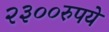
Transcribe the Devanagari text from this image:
२३००रुपये